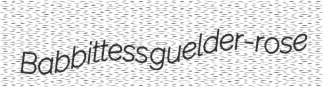
Babbittess guelder-rose